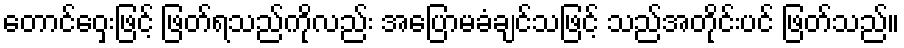
တောင်ဝှေးဖြင့် ဖြတ်ရသည်ကိုလည်း အပြောမခံချင်သဖြင့် သည်အတိုင်းပင် ဖြတ်သည်။